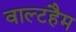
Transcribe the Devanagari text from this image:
वाल्टहैम